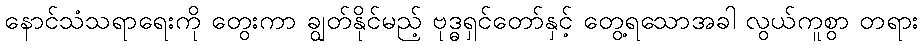
နောင်သံသရာရေးကို တွေးကာ ချွတ်နိုင်မည့် ဗုဒ္ဓရှင်တော်နှင့် တွေ့ရသောအခါ လွယ်ကူစွာ တရား